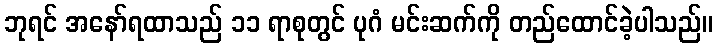
ဘုရင် အနော်ရထာသည် ၁၁ ရာစုတွင် ပုဂံ မင်းဆက်ကို တည်ထောင်ခဲ့ပါသည်။